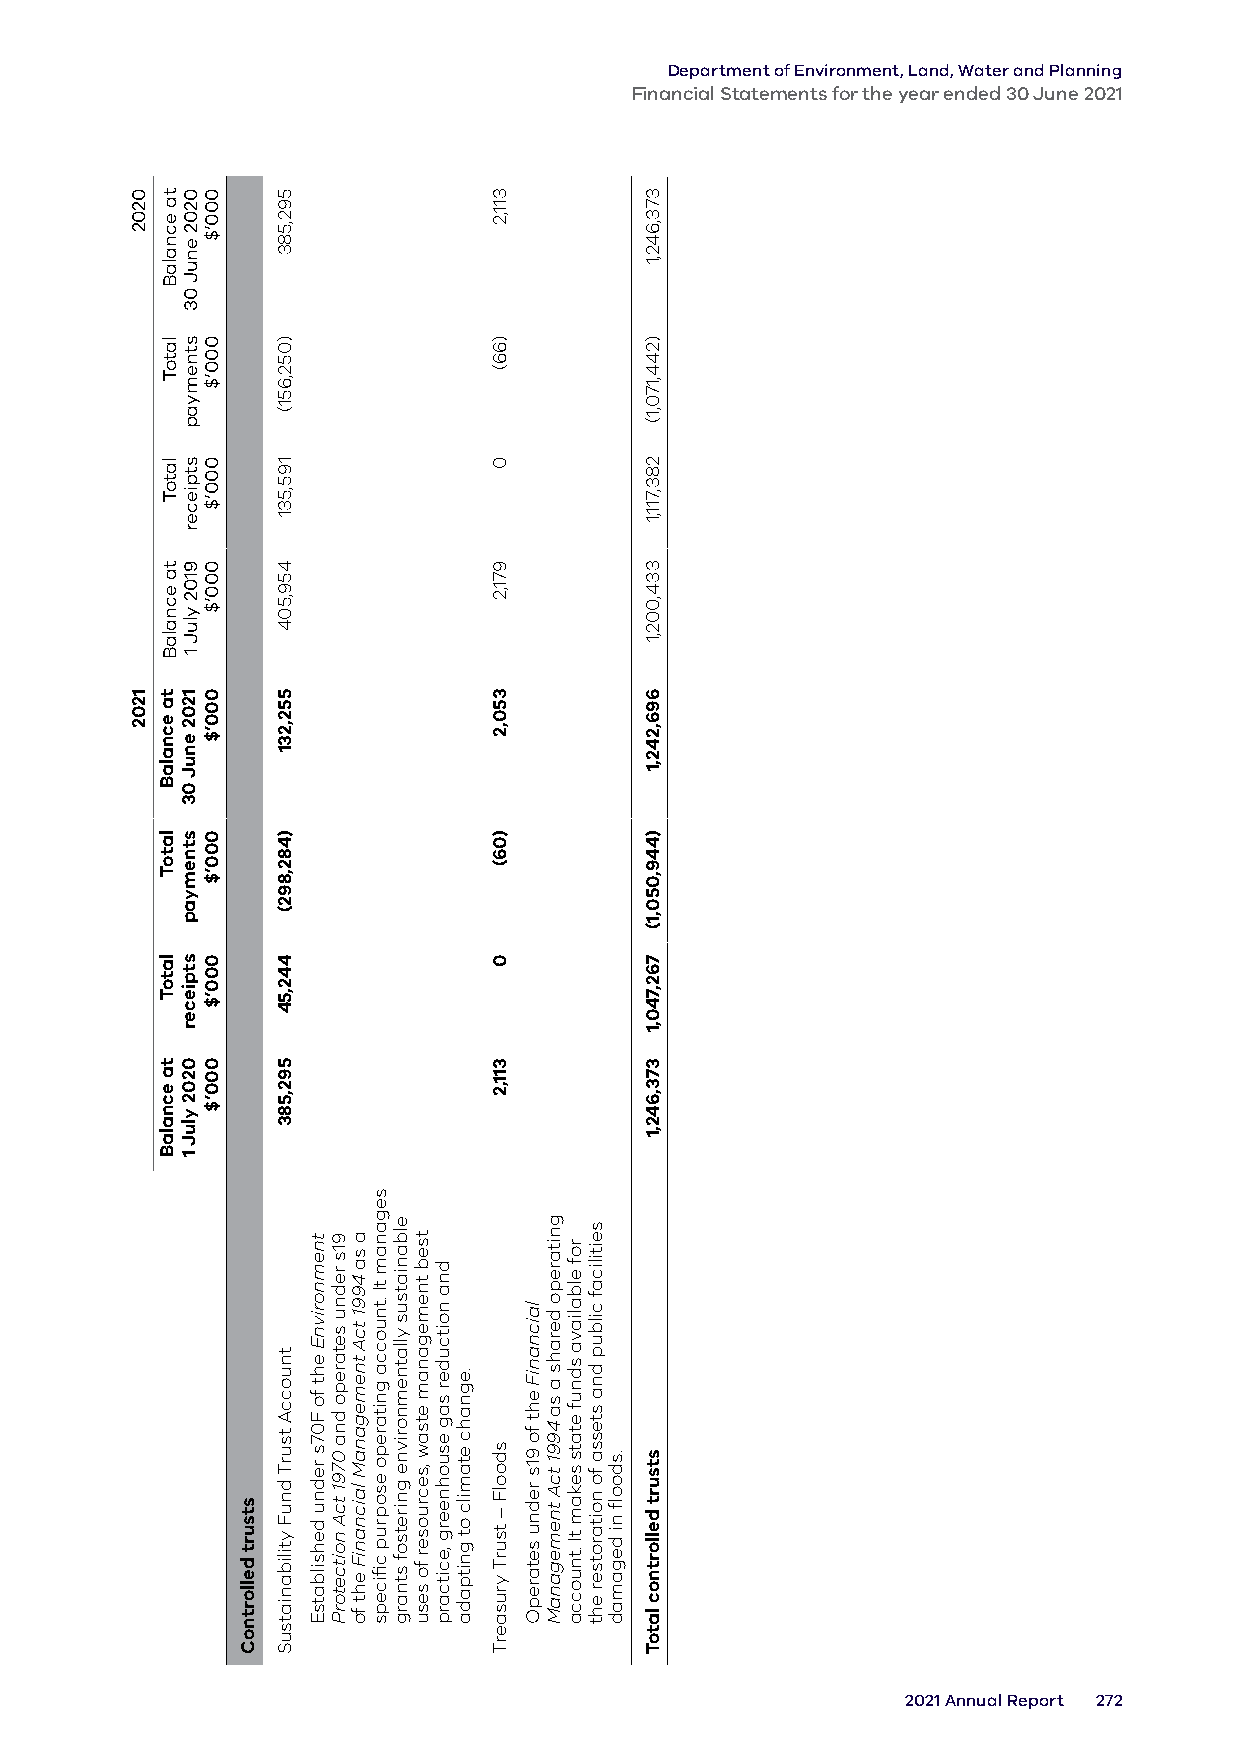
Department of Environment, Land, Water and Planning
 Financial Statements for the year ended 30 June 2021
 2021 Annual Report 272
 0202
 1202
 ta
 ecnalaB
 latoT
 latoT
 ta
 ecnalaB
 ta
 ecnalaB
 latoT
 latoT
 ta
 ecnalaB
 0202
 enuJ
 03
 stnemyap
 stpiecer
 9102
 yluJ
 1
 1202
 enuJ
 03
 stnemyap
 stpiecer
 0202
 yluJ
 1
 000’$
 000’$
 000’$
 000’$
 000’$
 000’$
 000’$
 000’$
 stsurt
 dellortnoC
 592,583
 )052,651(
 195,531
 459,504
 552,231
 )482,892(
 442,54
 592,583
 tnuoccA
 tsurT
 dnuF
 ytilibaniatsuS
 tnemnorivnE
 eht
 fo
 F07s
 rednu
 dehsilbatsE
 91s
 rednu
 setarepo
 dna
 0791
 tcA
 noitcetorP
 a
 sa
 4991
 tcA
 tnemeganaM
 laicnaniF
 eht
 fo
 seganam
 tI
 .tnuocca
 gnitarepo
 esoprup
 cfiiceps
 elbaniatsus
 yllatnemnorivne
 gniretsof
 stnarg
 tseb
 tnemeganam
 etsaw
 ,secruoser
 fo
 sesu
 dna
 noitcuder
 sag
 esuohneerg
 ,ecitcarp
 .egnahc
 etamilc
 ot
 gnitpada
 311,2
 )66(
 0
 971,2
 350,2
 )06(
 0
 311,2
 sdoolF
 – tsurT
 yrusaerT
 laicnaniF
 eht
 fo
 91s
 rednu
 setarepO
 gnitarepo
 derahs
 a
 sa
 4991
 tcA
 tnemeganaM
 rof
 elbaliava
 sdnuf
 etats
 sekam
 tI .tnuocca
 seitilicaf
 cilbup
 dna
 stessa
 fo
 noitarotser
 eht
 .sdoofl
 ni
 degamad
 373,642,1
 )244,170,1(
 283,711,1
 334,002,1
 696,242,1
 )449,050,1(
 762,740,1
 373,642,1
 stsurt
 dellortnoc
 latoT